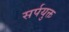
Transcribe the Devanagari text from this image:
सर्पयुक्त